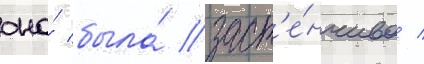
она́ была́ заст'е́нчива /